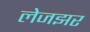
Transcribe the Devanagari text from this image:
लेजझर